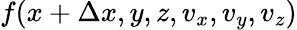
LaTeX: f(x+\Delta x,y,z,v_{x},v_{y},v_{z})